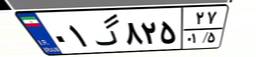
۰۱گ۸۲۵۲۷